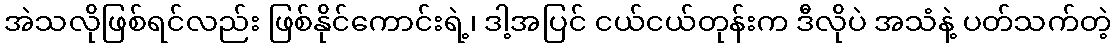
အဲသလိုဖြစ်ရင်လည်း ဖြစ်နိုင်ကောင်းရဲ့၊ ဒါ့အပြင် ငယ်ငယ်တုန်းက ဒီလိုပဲ အသံနဲ့ ပတ်သက်တဲ့